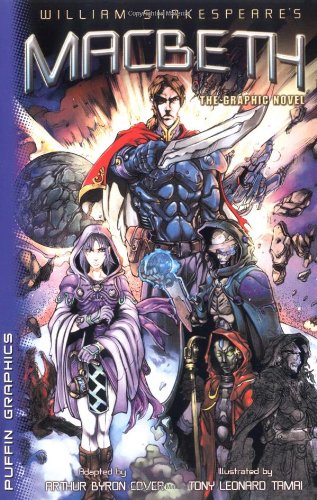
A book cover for Macbeth: The Graphic Novel; William Shakespeare; Literature & Fiction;